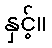
နှင့်။